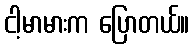
ငါ့မာမားက ပြောတယ်။